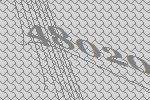
48020